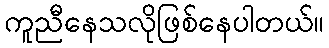
ကူညီနေသလိုဖြစ်နေပါတယ်။